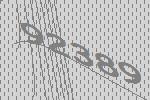
92389